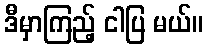
ဒီမှာကြည့် ငါပြ မယ်။